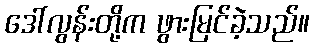
ဒေါ်လွန်းတို့က ဖွားမြင်ခဲ့သည်။